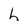
Character: h